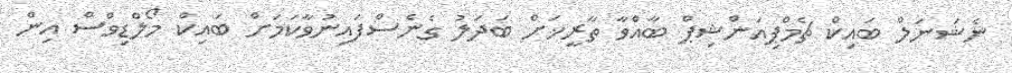
ނެޝަނަލް ބައިކް ޗެމްޕިއަންޝިޕް ބާއްވާ ތާރީޚަށް ބަދަލު ގެނެސްފައިނުވާކަމަށް ބައިކް މޯލްޑިވްސް އިން